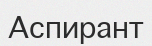
Аспирант